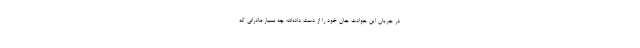
در جریان این حوادث جان خود را از دست داده‌اند؛ چه بسیار مادرانی که